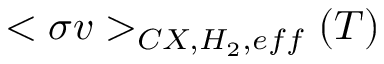
< \sigma v > _ { C X , H _ { 2 } , e f f } ( T )